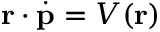
\mathbf { r } \cdot \dot { \mathbf { p } } = V ( \mathbf { r } )